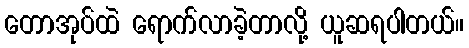
တောအုပ်ထဲ ရောက်လာခဲ့တာလို့ ယူဆရပါတယ်။